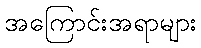
အကြောင်းအရာများ